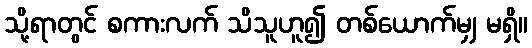
သို့ရာတွင် စကားလက် သိသူဟူ၍ တစ်ယောက်မျှ မရှိ။